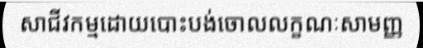
សាជីវកម្មដោយបោះបង់ចោលលក្ខណៈសាមញ្ញ